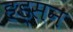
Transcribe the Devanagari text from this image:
हड्सन